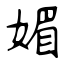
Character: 媚